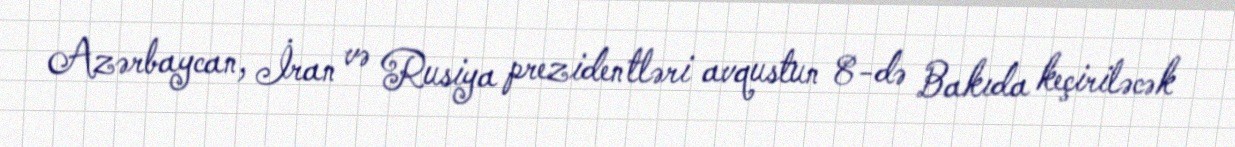
Azərbaycan, İran və Rusiya prezidentləri avqustun 8-də Bakıda keçiriləcək